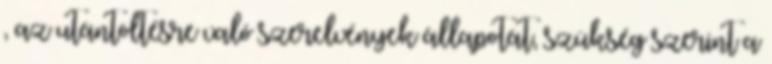
, az utántöltésre való szerelvények állapotát, szükség szerint a